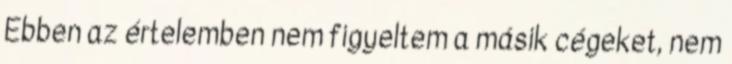
Ebben az értelemben nem figyeltem a másik cégeket, nem